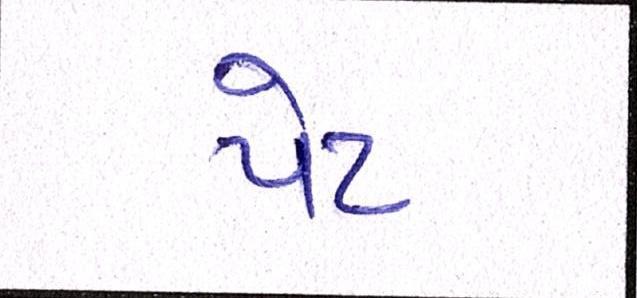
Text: પેટ